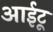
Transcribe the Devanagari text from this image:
आईटू